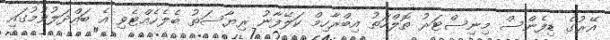
އޭރުގެ ޑިފެންސް މިނިސްޓަރު ތޮލްހަތު އިބްރާހިމް ކަލޭފާނު ރިޔާސަތު ބެލެހެއްޓެވި އެ ބައްދަލުވުމުގައި